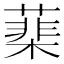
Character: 䕁